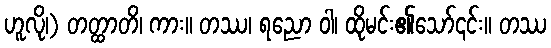
ဟူလို၊) တတ္ထာတိ၊ ကား။ တဿ၊ ရညော ဝါ၊ ထိုမင်း၏သော်၎င်း။ တဿ